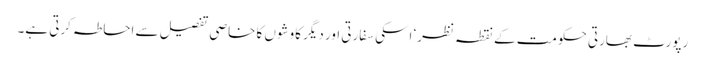
رپورٹ بھارتی حکومت کے نقطہ نظر‘ اسکی سفارتی اور دیگر کاوشوں کا خاصی تفصیل سے احاطہ کرتی ہے۔